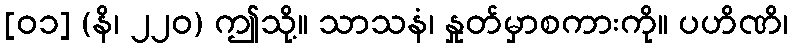
[၀၁] (နိ၊ ၂၂၀) ဤသို့။ သာသနံ၊ နှုတ်မှာစကားကို။ ပဟိဏိ၊